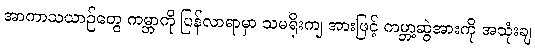
အာကာသယာဉ်တွေ ကမ္ဘာကို ပြန်လာရာမှာ သမရိုးကျ အားဖြင့် ကမ္ဘာ့ဆွဲအားကို အသုံးချ